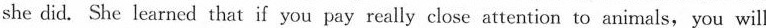
she did. She learned that if you pay really close attention to animals,you will